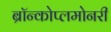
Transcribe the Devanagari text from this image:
ब्रॉन्कोप्लमोनरी